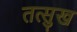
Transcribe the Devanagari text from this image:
तत्सुख